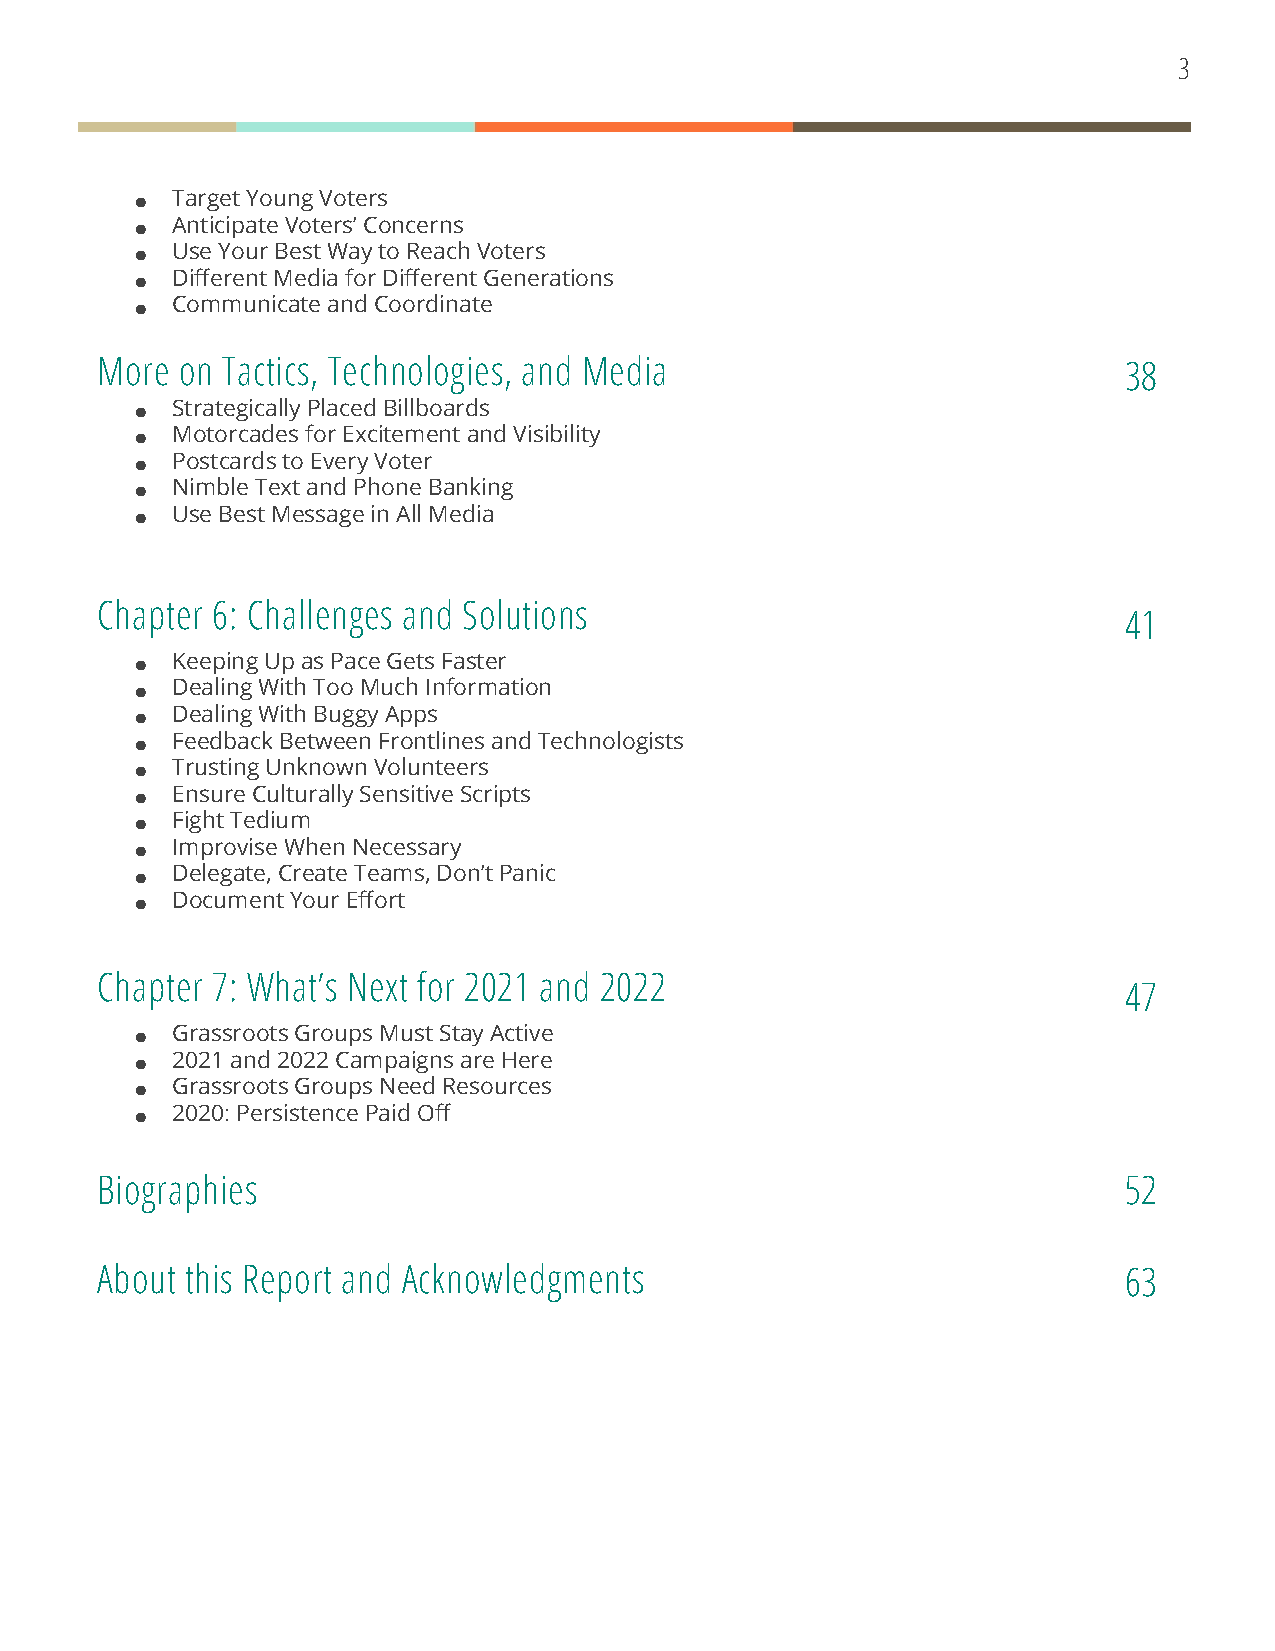
3
 ● Target Young Voters
 ● Anticipate Voters’ Concerns
 ● Use Your Best Way to Reach Voters
 ● Different Media for Different Generations
 ● Communicate and Coordinate
 More  on Tactics, Technologies, and Media                           38
 ● Strategically Placed Billboards
 ● Motorcades for Excitement and Visibility
 ● Postcards to Every Voter
 ● Nimble Text and Phone Banking
 ● Use Best Message in All Media
 Chapter 6: Challenges and Solutions
 41
 ● Keeping Up as Pace Gets Faster
 ● Dealing With Too Much Information
 ● Dealing With Buggy Apps
 ● Feedback Between Frontlines and Technologists
 ● Trusting Unknown Volunteers
 ● Ensure Culturally Sensitive Scripts
 ● Fight Tedium
 ● Improvise When Necessary
 ● Delegate, Create Teams, Don’t Panic
 ● Document Your Effort
 Chapter 7: What’s Next for 2021 and 2022
 47
 ● Grassroots Groups Must Stay Active
 ● 2021 and 2022 Campaigns are Here
 ● Grassroots Groups Need Resources
 ● 2020: Persistence Paid Off
 Biographies                                                         52
 About this Report and Acknowledgments                               63